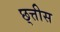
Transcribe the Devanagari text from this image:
छ्त्तीस